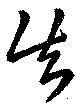
失